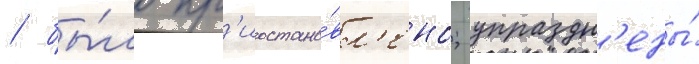
/ бы́ло пр'иостано́вл'ено; упраздн'ены́